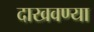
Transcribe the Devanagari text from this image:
दाखवण्या